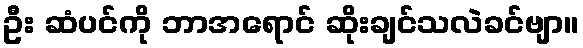
ဦး ဆံပင်ကို ဘာအရောင် ဆိုးချင်သလဲခင်ဗျာ။